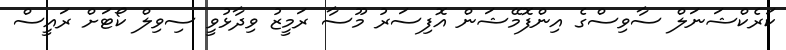
ކަރެކްޝަނަލް ސާވިސްގެ އިންފޮމޭޝަން އޮފިސަރު މޫސާ ރަމީޒު ވިދާޅުވީ ސިވިލް ކޯޓަށް ރައީސް